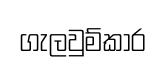
ගැලවුම්කාර